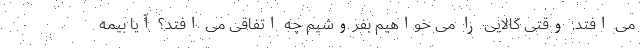
می افتد. وقتی کالایی را می خواهیم بفروشیم چه اتفاقی می افتد؟ آیا بیمه